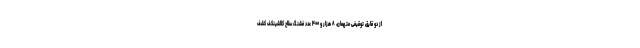
از دو قایق توقیفی متهمان، ۸ هزار و ۴۰۰ عدد فشنگ سلاح کلاشینکف کشف